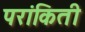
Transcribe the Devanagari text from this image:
परांकिती